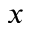
x